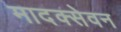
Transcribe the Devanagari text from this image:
मादक्सेवन